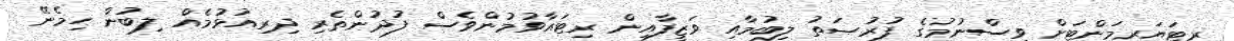
ރިޓަޔަރމަންޓަށް ވިސްނުމުގެ ފުރުޞަތު ލިބުމާއި ވަޒީފާއިން ރިޓައާވުމުންވެސް ފުދުންތެރި ދިރިއުޅުމެއް ލިބުން ހިމެނޭ